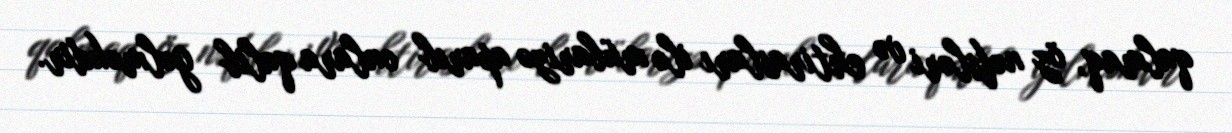
qalmaq, öz nəfsləri və ehtirasları ilə mübarizə aparıb onlara qalib gəlməkdir.